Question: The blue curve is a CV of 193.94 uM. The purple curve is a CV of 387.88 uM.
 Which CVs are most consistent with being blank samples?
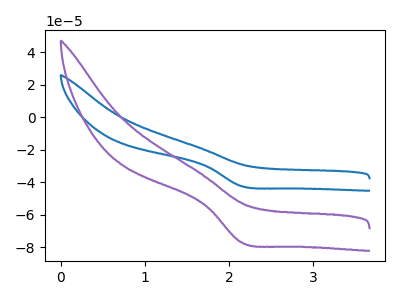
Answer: <think>The blue curve "193.94 uM" has a cathodic peak at: (2.15V, -42.35uA). The purple curve "387.88 uM" has a cathodic peak at: (2.15V, -76.95uA).</think>
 <answer>There are not any CV's on this graph that are likely to be blanks.</answer>
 <eval>none</eval>